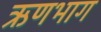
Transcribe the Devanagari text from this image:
ऋणभाग